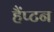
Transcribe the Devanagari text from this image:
हैंप्टन